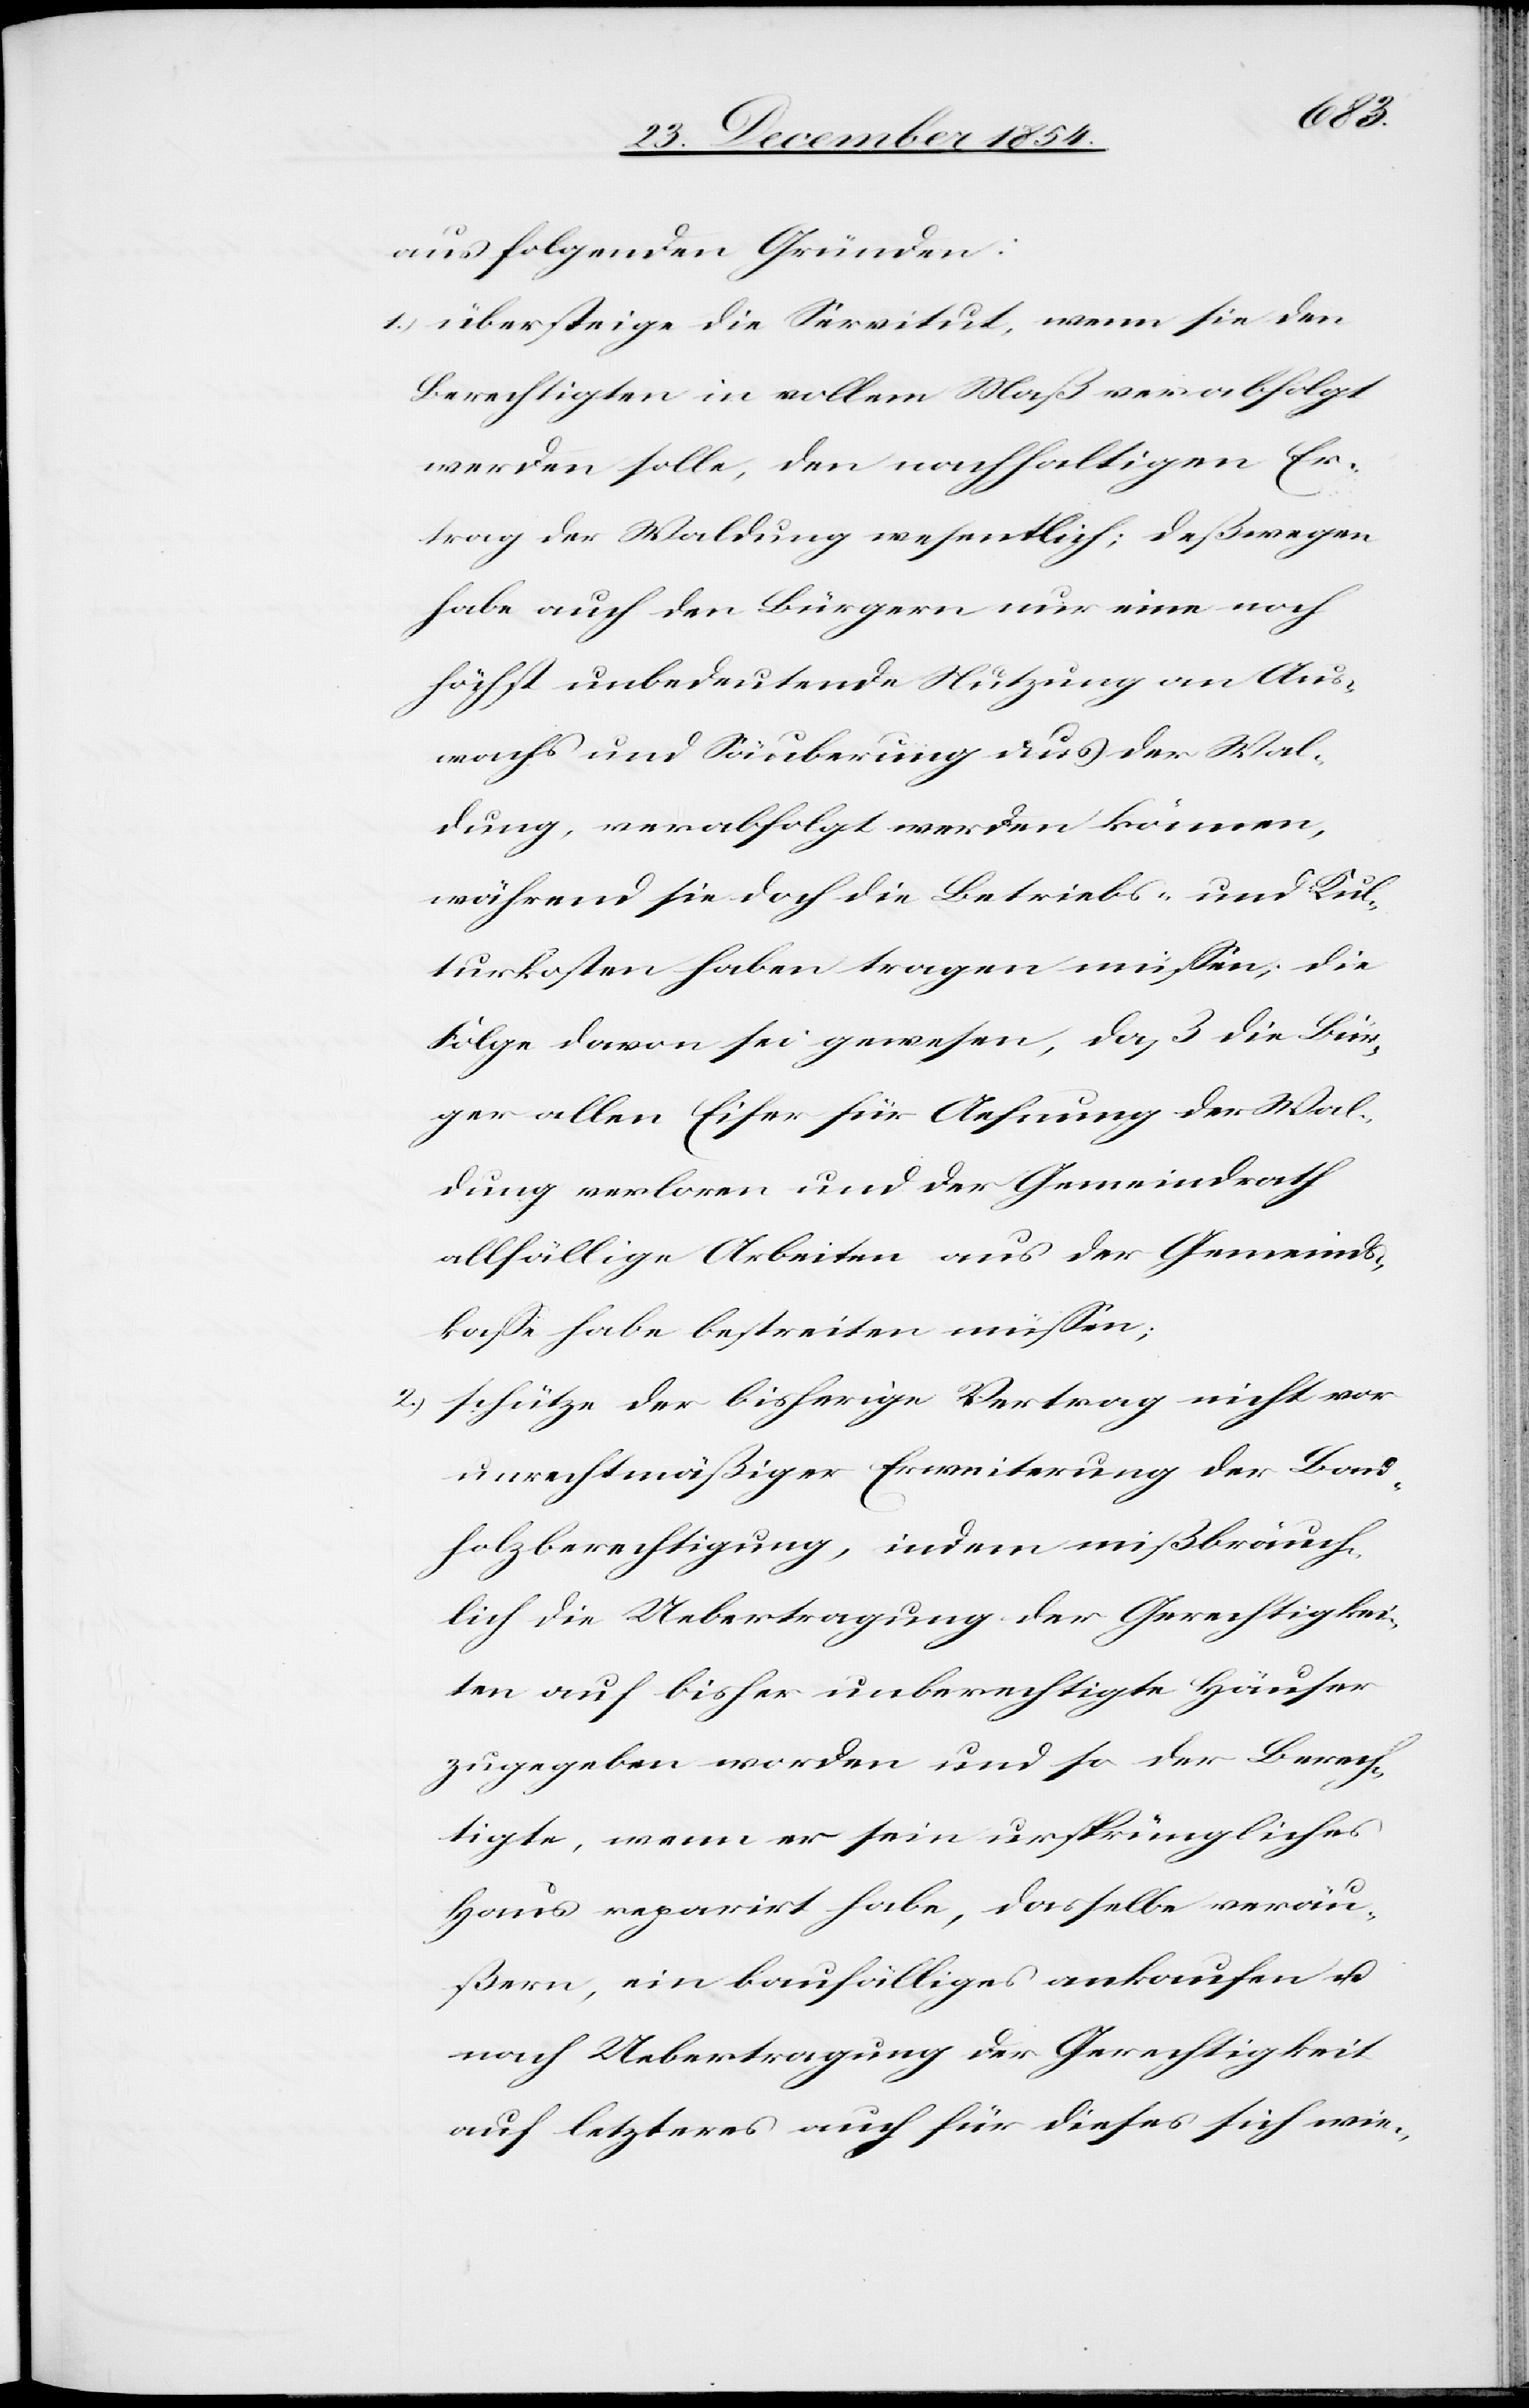
aus folgenden Gründen:
1.) übersteige die Servitut, wenn sie den
Berechtigten in vollem Maß verabfolgt
werden solle, den nachhaltigen Er¬
trag der Waldung wesentlich; deßwegen
habe auch den Bürgern nur eine noch
höchst unbedeutende Nutzung am Aus¬
wachs und Säuberung aus der Wal¬
dung, verabfolgt werden können,
während sie doch die Betriebs- und Kul¬
turkosten haben tragen müßen; die
Folge davon sei gewesen, daß die Bür¬
ger allen Eifer für Aefnung der Wal¬
dung verloren und der Gemeindrath
allfällige Arbeiten aus der Gemeinds¬
kaße habe bestreiten müßen;
2.) schütze der bisherige Vertrag nicht vor
unrechtmäßiger Erweiterung der Bau¬
holzberechtigung, indem mißbräuch¬
lich die Uebertragung der Gerechtigkei¬
ten auf bisher unberechtigte Häuser
zugegeben worden und so der Berech¬
tigte, wenn er sein ursprüngliches
Haus reparirt habe, dasselbe veräu¬
ßern, ein baufälliges ankaufen u.
nach Uebertragung der Gerechtigkeit
auf letzteres auch für dieses sich wie-